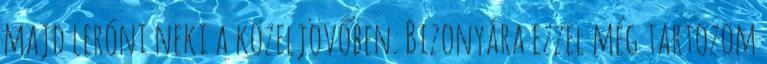
majd leróni neki a közeljövőben. Bizonyára ezzel még tartozom